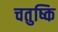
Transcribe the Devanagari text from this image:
चतुष्कि